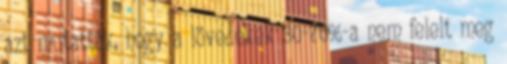
azt mutatták, hogy a lövedékek 30-70%-a nem felelt meg